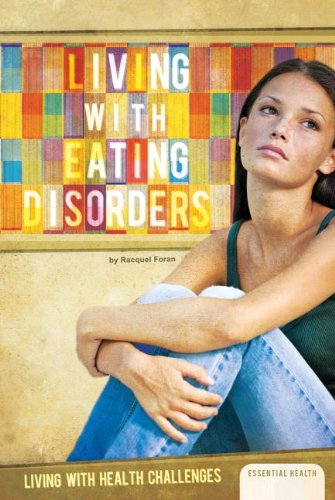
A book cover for Living With Eating Disorders (Living With Health Challenges); Racquel Foran; Teen & Young Adult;